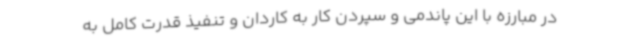
در مبارزه با این پاندمی و سپردن کار به کاردان و تنفیذ قدرت کامل به